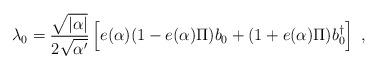
LaTeX: \begin{align*}\lambda_{0} = \frac{\sqrt{|\alpha|}}{2 \sqrt{\alpha '}} \left[ e(\alpha) (1 - e(\alpha) \Pi ) b_0 + (1 + e(\alpha) \Pi) b_{0}^{\dagger} \right]~,\end{align*}